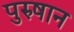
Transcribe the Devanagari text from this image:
पुरुषान